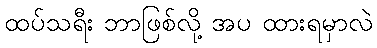
ထပ်သရီး ဘာဖြစ်လို့ အပ ထားရမှာလဲ